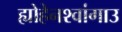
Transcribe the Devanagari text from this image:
ह्योहेनश्वांगाउ